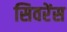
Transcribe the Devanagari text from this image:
सिवरेंस